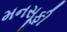
મનસૂફી